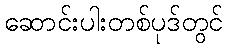
ဆောင်းပါးတစ်ပုဒ်တွင်